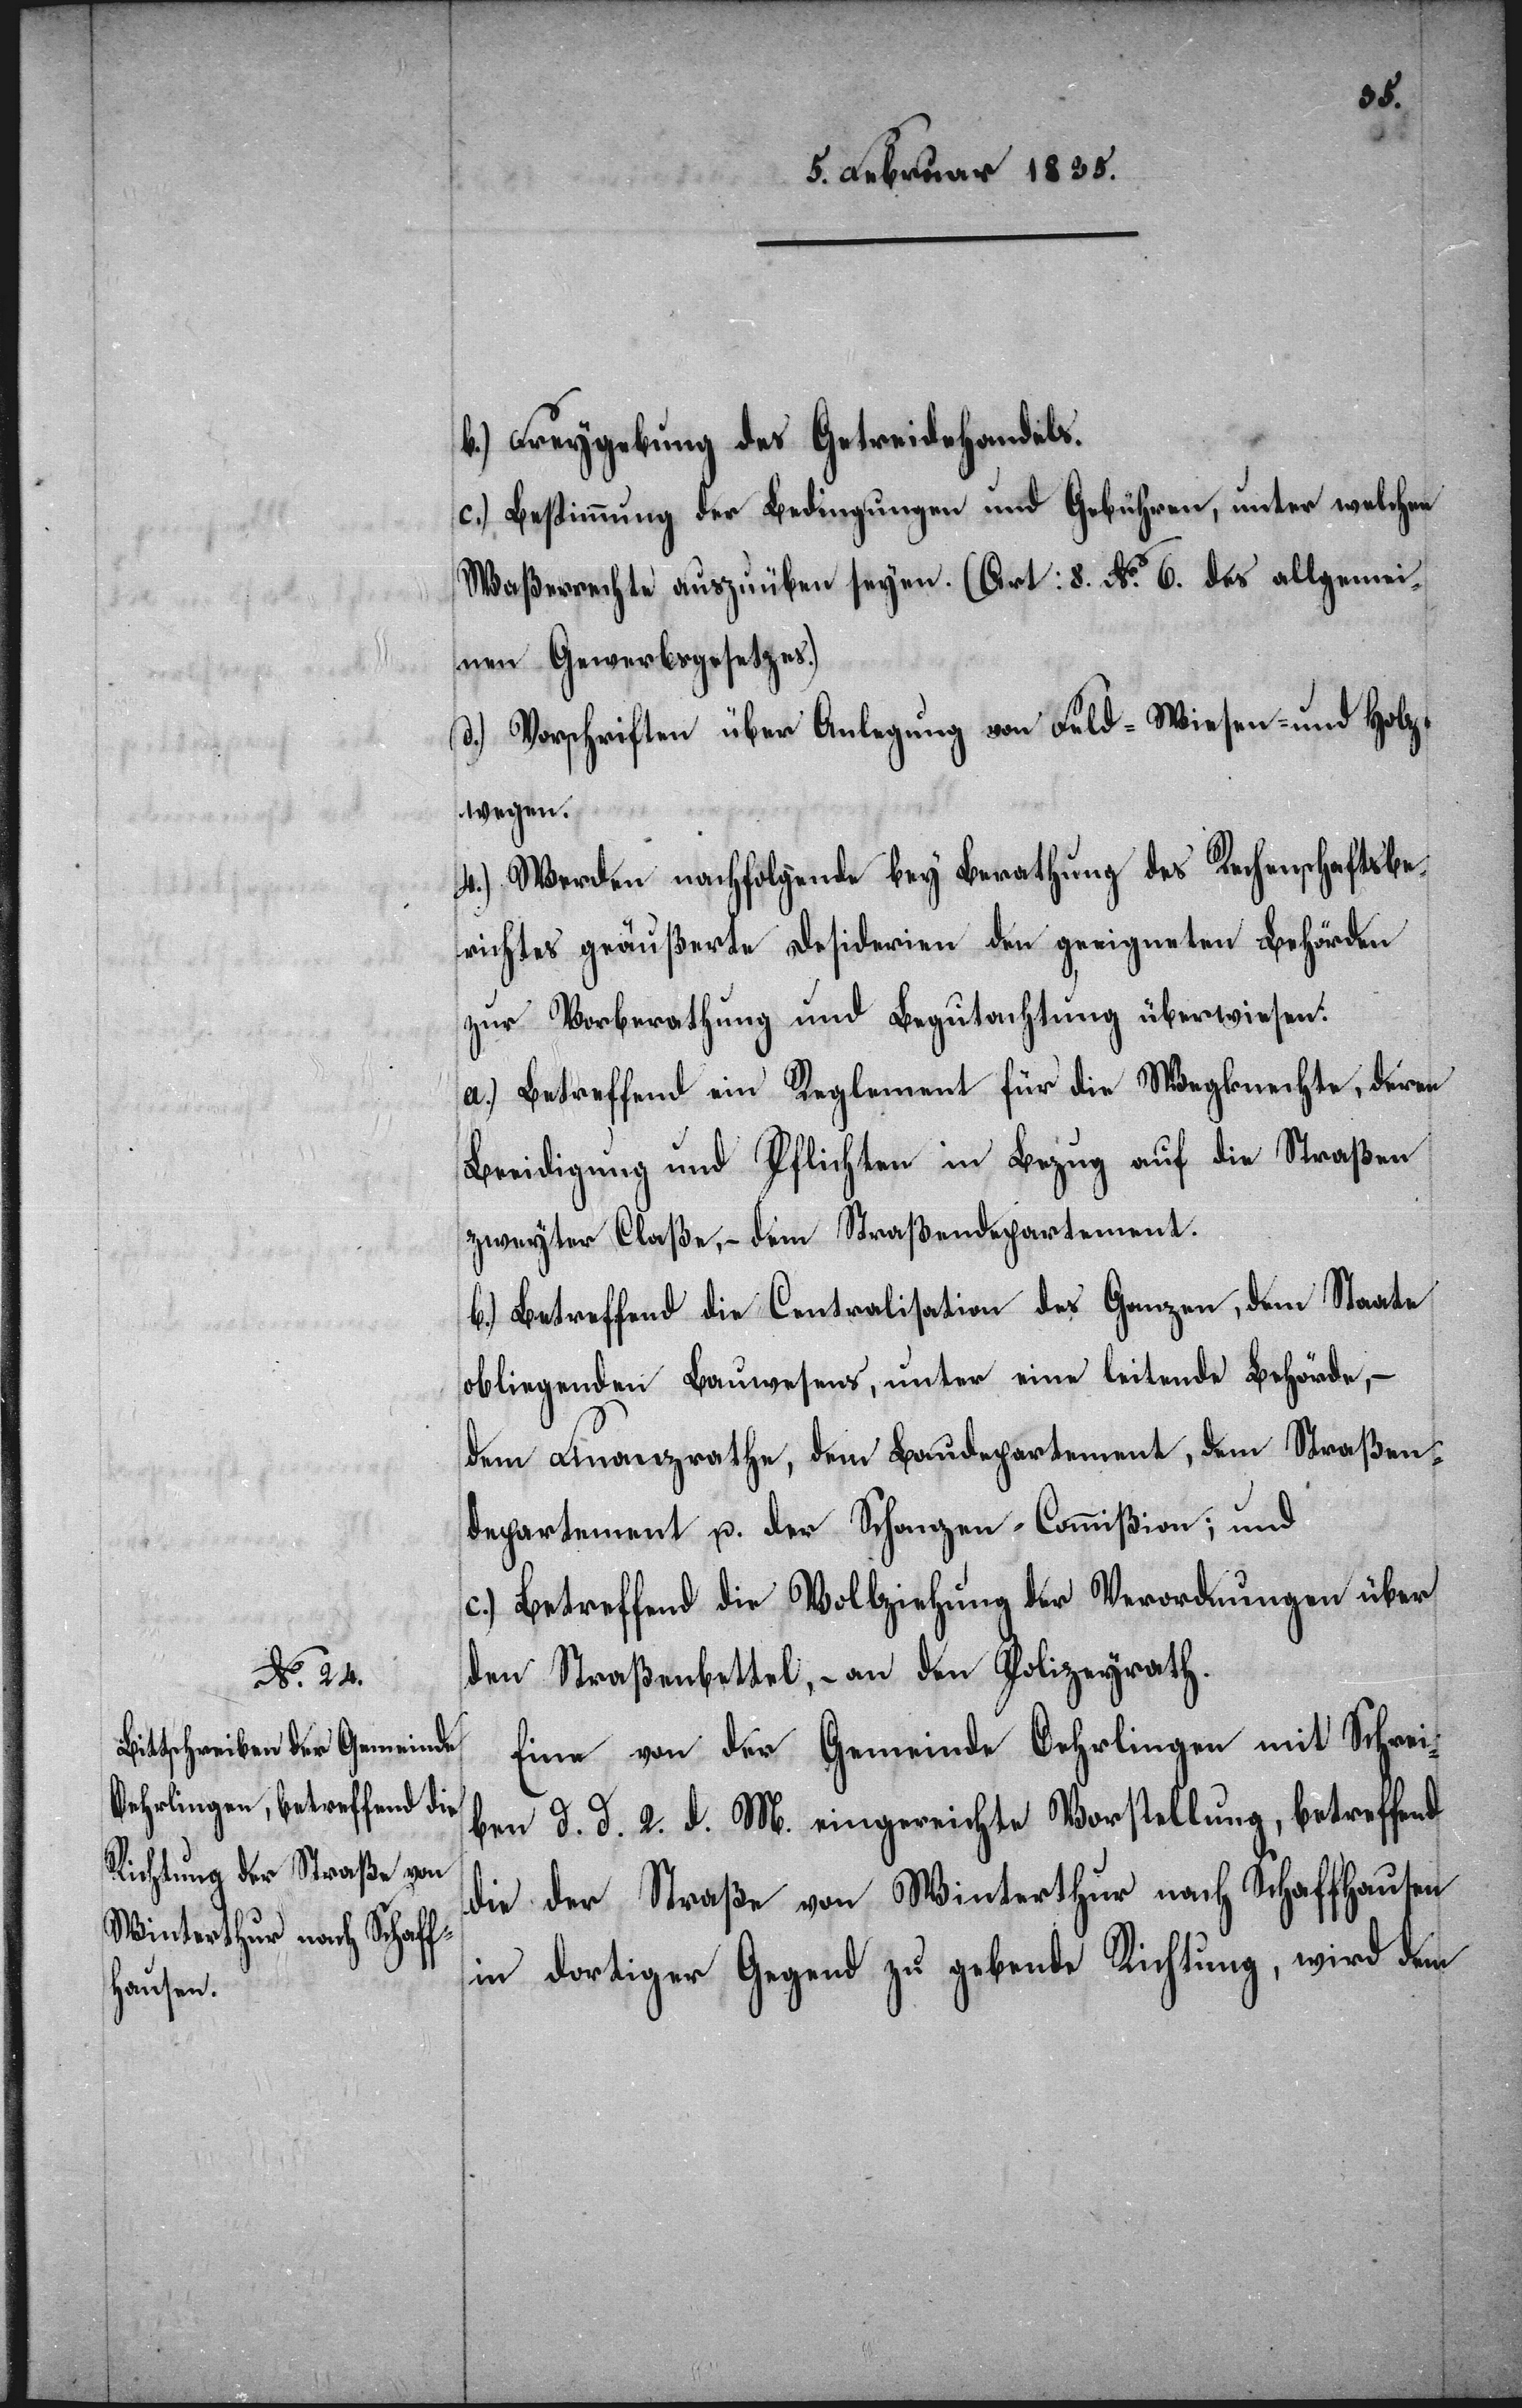
b.) Freygebung des Getreidehandels.
c.) Bestimmung der Bedingungen und Gebühren, unter welchen
Waßerrechte auszuüben seyen. (Art: 8 No. 6. des allgemei¬
nen Gewerbsgesetzes.)
d.) Vorschriften über Anlegung von Feld-[,] Wiesen- und Holz¬
wegen.
4.) Werden nachfolgende bey Berathung des Rechenschaftsbe¬
richtes geäußerte Desiderien den geeigneten Behörden
zur Vorberathung und Begutachtung überwiesen.
a.) Betreffend ein Reglement für die Wegknechte, deren
Beeidigung und Pflichten in Bezug auf die Straßen
zweyter Claße, – dem Straßendepartement.
b.) Betreffend die Centralisation des Ganzen, dem Staate
obliegenden Bauwesens, unter eine leitende Behörde, –
dem Finanzrathe, dem Baudepartement, dem Straßen¬
departement u. der Schanzen-Commißion; und
c.) Betreffend die Vollziehung der Verordnungen über
den Straßenbettel, – an den Polizeyrath.
Eine von der Gemeinde Oehrlingen mit Schrei¬
ben d. d. 2. d. M. eingereichte Vorstellung, betreffend
die der Straße von Winterthur nach Schaffhausen
in dortiger Gegend zu gebende Richtung, wird dem